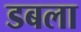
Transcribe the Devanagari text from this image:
डबला